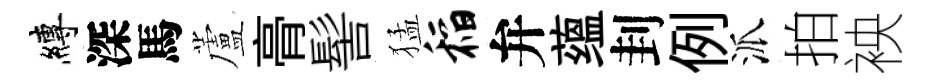
縛深馬蘆𮌔髻猛稻弁蕴刲例派拍䘧